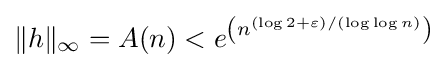
\|h\|_{\infty }=A(n)<e^{\left(n^{(\log 2+\varepsilon )/(\log \log n)}\right)}